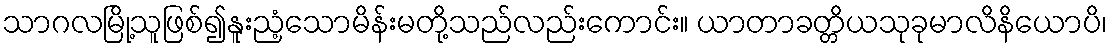
သာဂလမြို့သူဖြစ်၍နူးညံ့သောမိန်းမတို့သည်လည်းကောင်း။ ယာတာခတ္တိယသုခုမာလိနိယောပိ၊